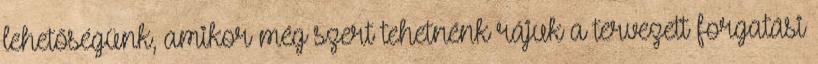
lehetőségünk, amikor még szert tehetnénk rájuk a tervezett forgatási